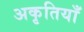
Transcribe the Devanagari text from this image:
अकृतियाँ